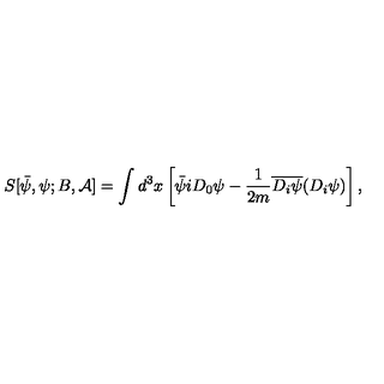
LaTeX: S [ { \bar { \psi } } , \psi ; B , { \mathcal A } ] = \int d ^ { 3 } x \left[ { \bar { \psi } } i D _ { 0 } \psi - \frac { 1 } { 2 m } \overline { { D _ { i } \psi } } ( D _ { i } \psi ) \right] ,